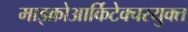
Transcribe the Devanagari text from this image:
माइक्रोआर्किटेक्चरयुक्त